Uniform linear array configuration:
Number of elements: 48
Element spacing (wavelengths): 1
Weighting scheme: binomial
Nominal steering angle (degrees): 45
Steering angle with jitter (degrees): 46.449
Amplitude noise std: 0.05
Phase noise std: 0.05

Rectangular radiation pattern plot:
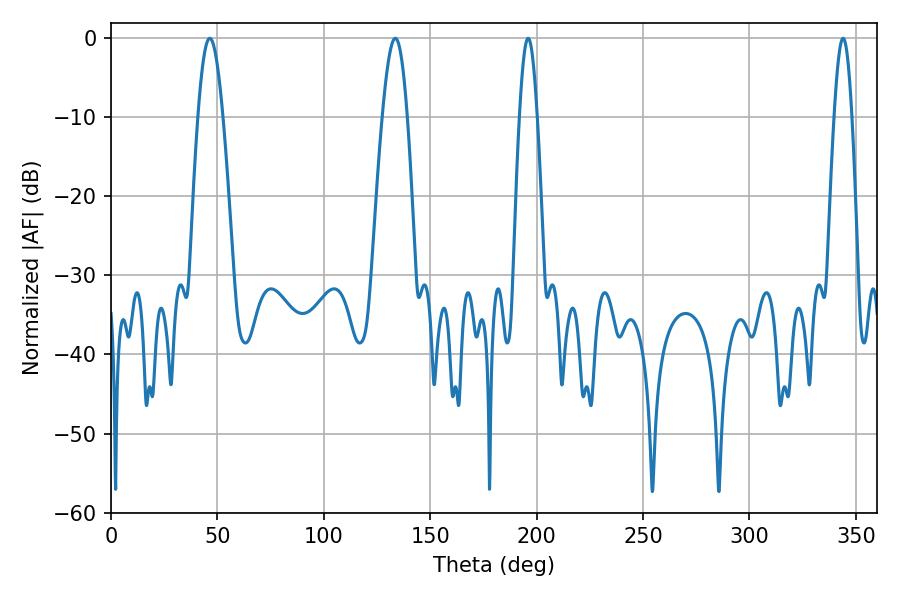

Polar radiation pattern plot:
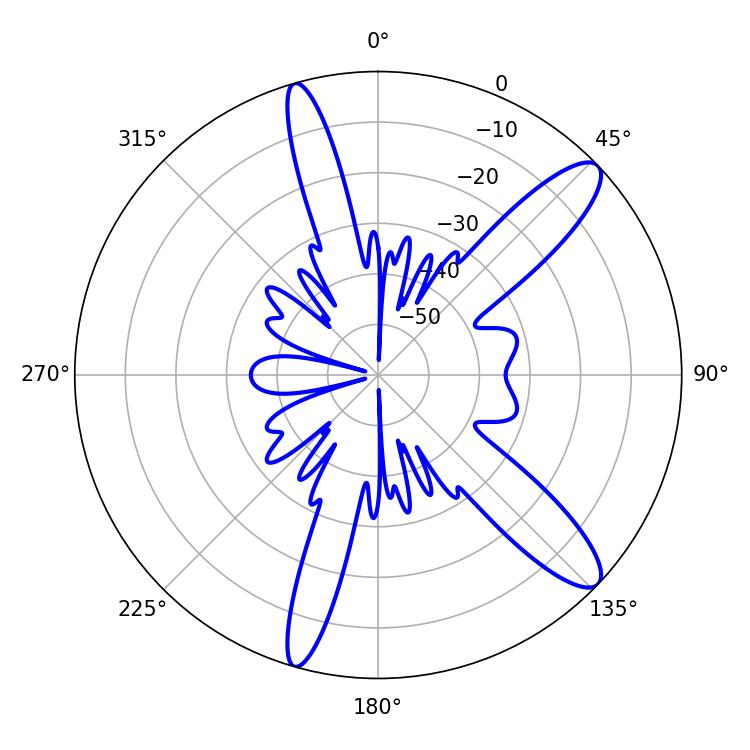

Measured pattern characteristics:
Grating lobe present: TRUE
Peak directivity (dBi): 11.955
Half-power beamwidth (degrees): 4.32
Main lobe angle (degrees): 196.02